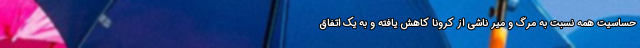
حساسیت همه نسبت به مرگ و میر ناشی از کرونا کاهش یافته و به یک اتفاق